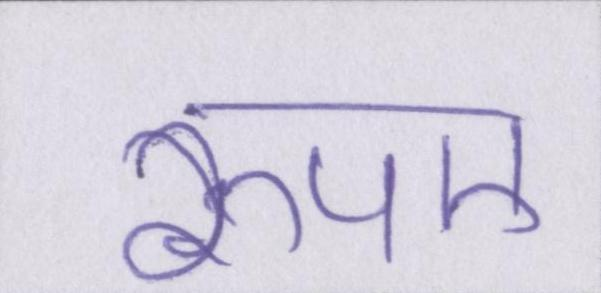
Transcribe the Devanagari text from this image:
रुपए